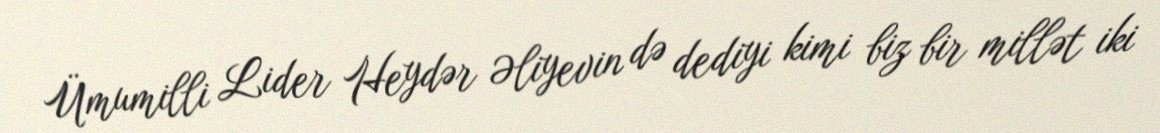
Ümumilli Lider Heydər Əliyevin də dediyi kimi biz bir millət iki